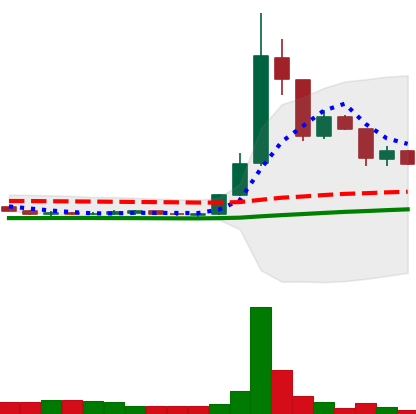
Ticker: DOGE-USD
Chart end date: 2020-07-15
Forward return: 4.992%
Label: up_3_5